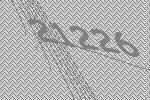
21226